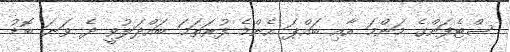
ސްޓެފަންގެ މަންމަ އާއި ބައްޕަ އެންމެ ފުރަތަމަ ބައްދަލުވީ ދެ ވަނަ ބޮޑު